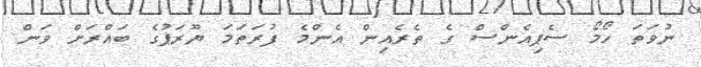
ނުވަތަ ހޯމޯ ސެޕިއެންސް ގެ ތެރެއިން އެންމެ ފުރަތަމަ ޔޫރަޕުގެ ބައްރަށް ވަން